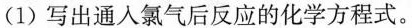
(1)写出通人氯气后反应的化学方程式。